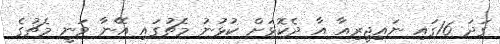
ގަދަ 16ގައި ނައިޖީރިއާ އާ ދެކޮޅަށް ކުޅުނު މެޗުގައި އޭނާ ވަނީ މެޗުގެ